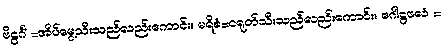
ဗိဠင်္ဂံ =အိပ်မွေ့သီးသည်လည်းကောင်း။ မရိစံ=ငရုတ်သီးသည်လည်းကောင်း။ ဂေါဋ္ဌဖလံ =